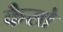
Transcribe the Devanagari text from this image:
कैसो